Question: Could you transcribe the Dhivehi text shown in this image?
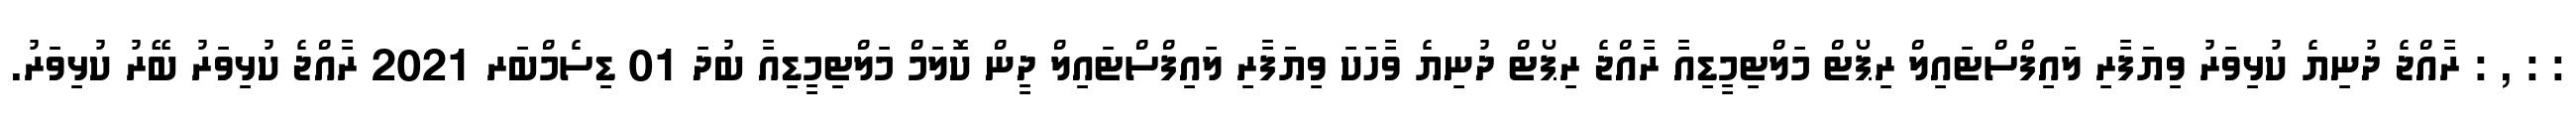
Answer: : : , : ރާއްޖެ ދުނިޔެ ކުޅިވަރު ވިޔަފާރި ލައިފްސްޓައިލް ރިޕޯޓް މަލްޓިމީޑިއާ ރާއްޖެ ރިޕޯޓް ދުނިޔެ ވާހަކަ ވިޔަފާރި ލައިފްސްޓައިލް ދީން ކޮލަމް މަލްޓިމީޑިއާ ބުދަ 01 ޑިސެމްބަރ 2021 ރާއްޖެ ކުޅިވަރު ބޭރު ކުޅިވަރު.